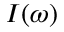
I ( \omega )